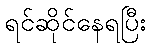
ရင်ဆိုင်နေရပြီး